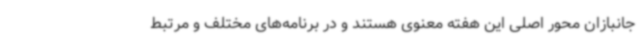
جانبازان محور اصلی این هفته معنوی هستند و در برنامه‌های مختلف و مرتبط